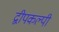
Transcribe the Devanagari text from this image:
द्वीपकल्पी